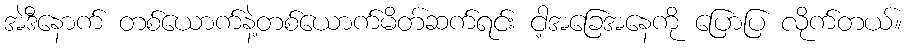
အဲဒီနောက် တစ်ယောက်နဲ့တစ်ယောက်မိတ်ဆက်ရင်း ငါ့အခြေအနေကို ပြောပြ လိုက်တယ်။